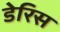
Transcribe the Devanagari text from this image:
डेरिस